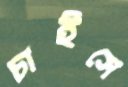
চাইসে